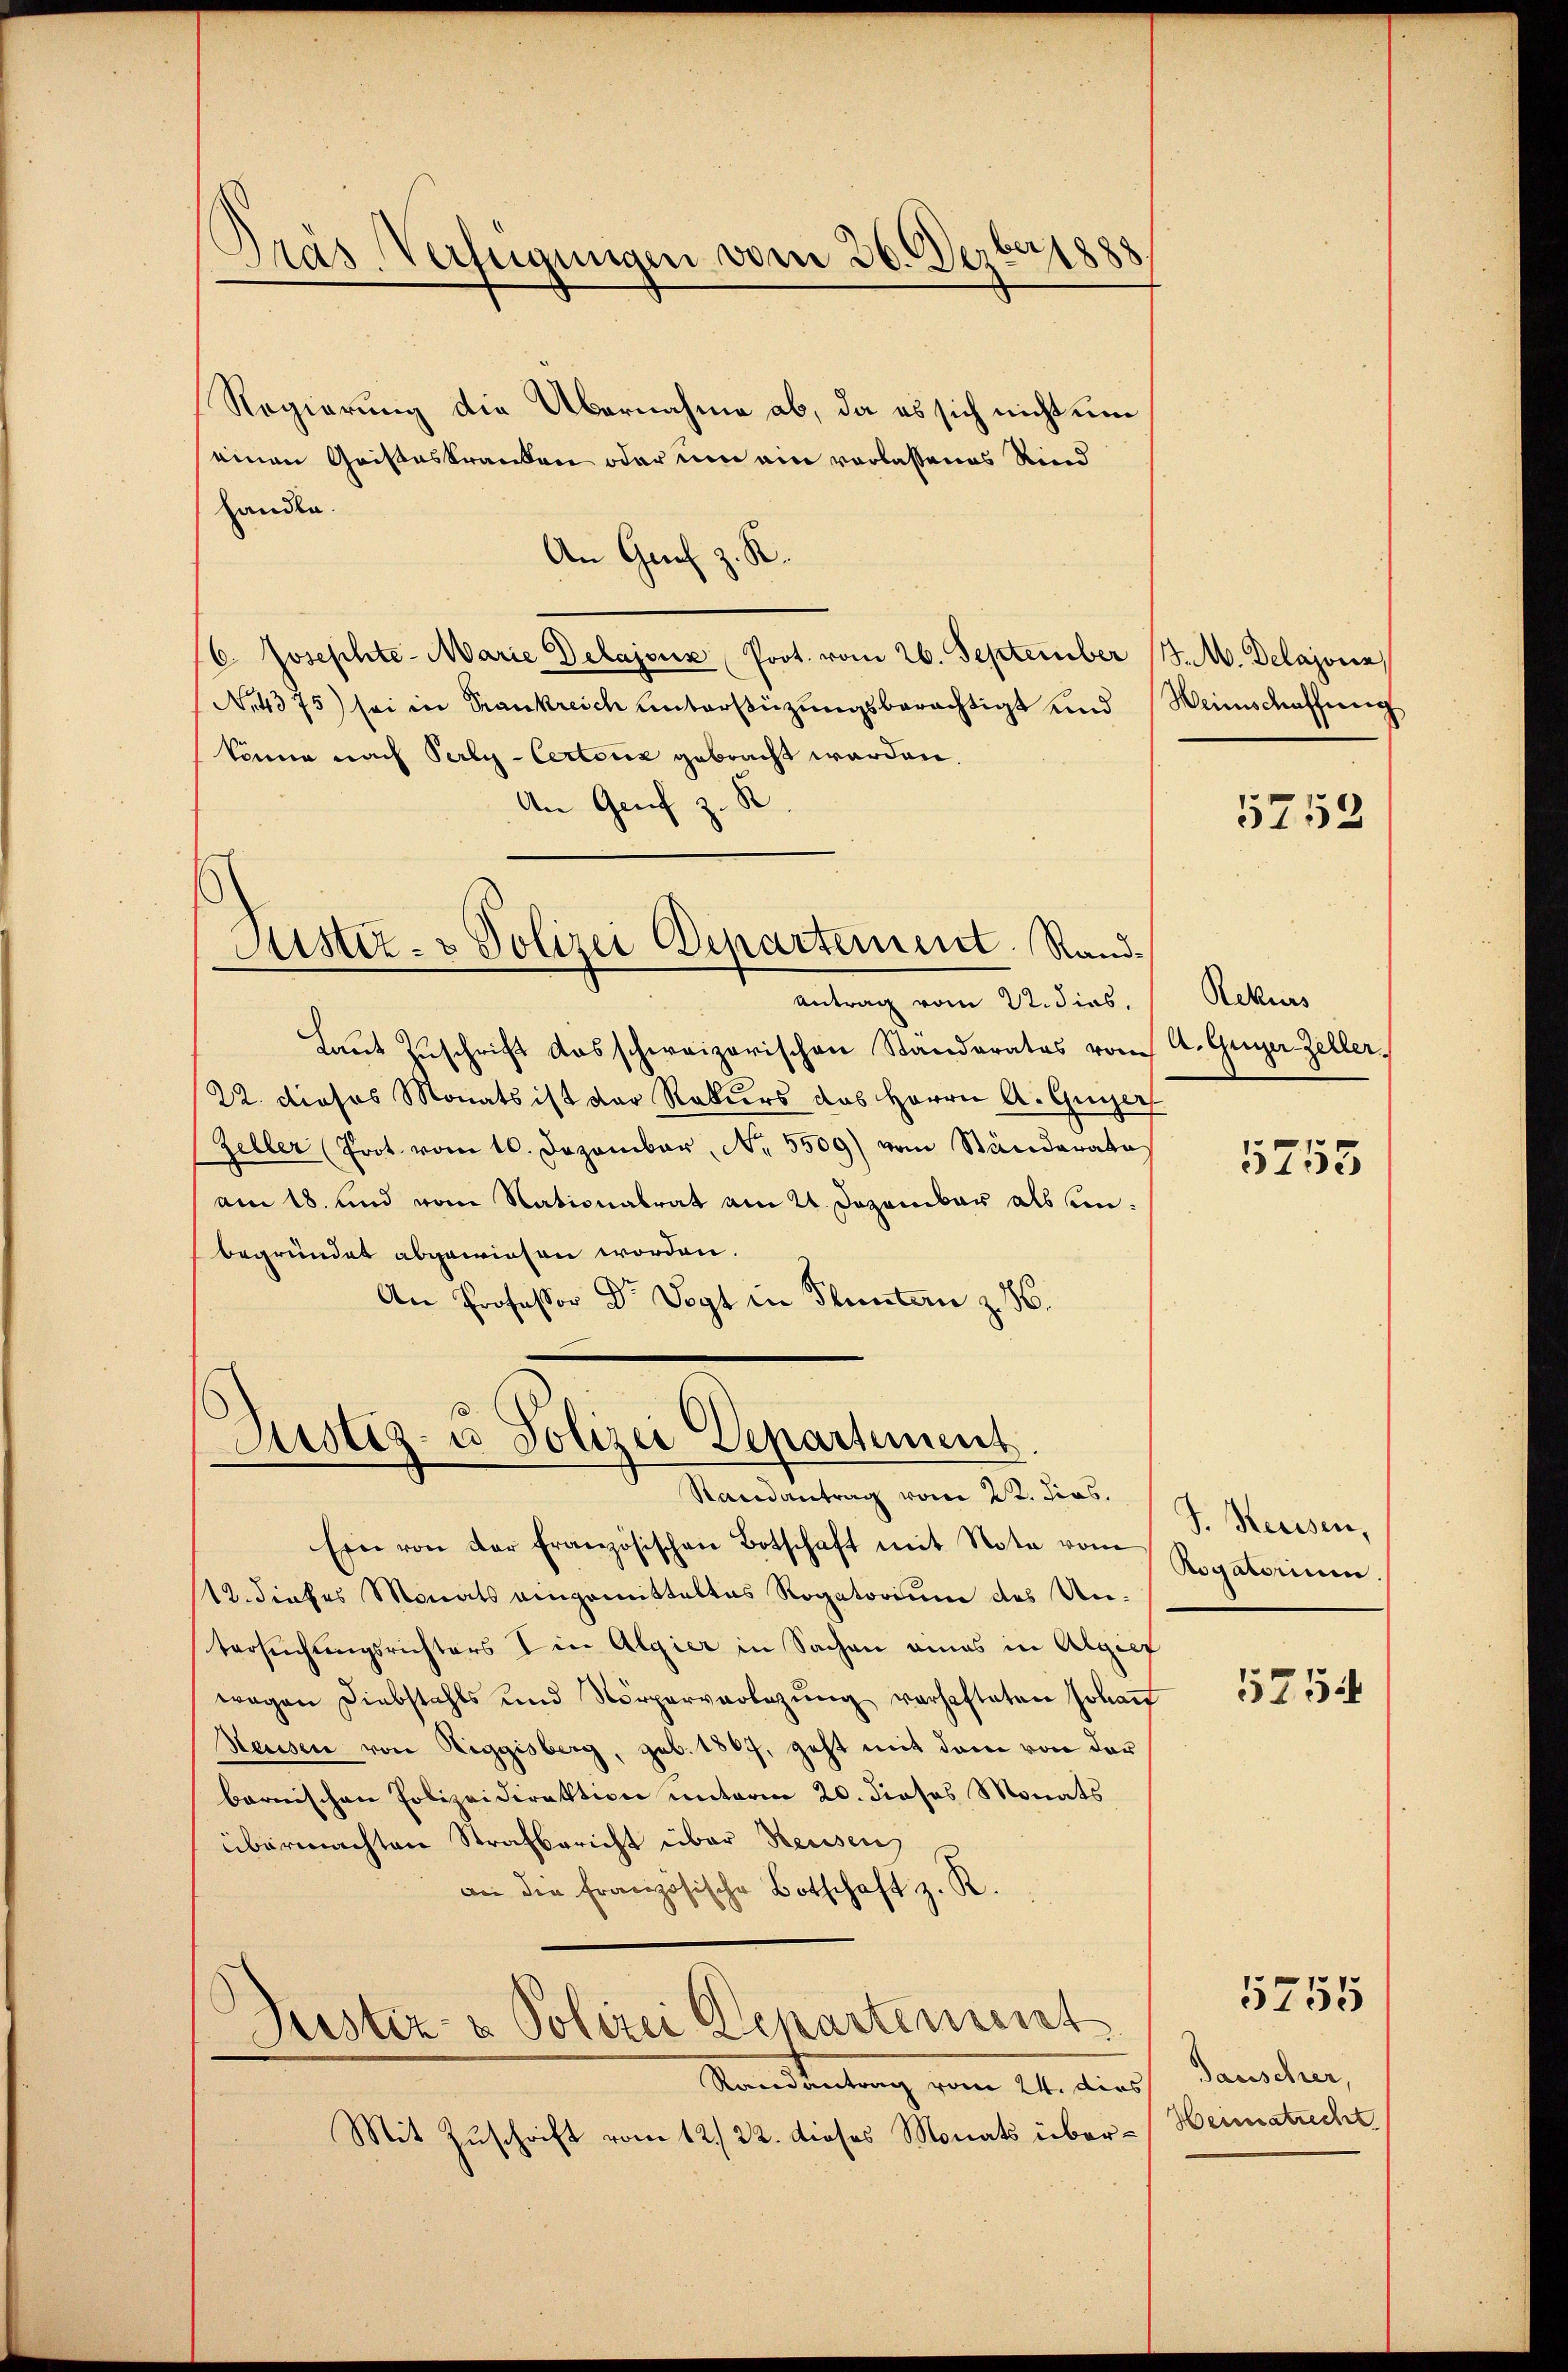
Präs. Verfügungen vom 26. Dezbr 1888

Regierung die Übernahme ab, da es sich nicht um
einen Geisteskranken oder um ein vorlassenes Kind
handle.
.
An Graf
/6. Josephte- Marie Delajone, Prot. vom 26. September 18. M. Delajoin
N.4375) sei in Trankreich unterstüzungsberächtigt und Weinschaffung
könne nach Perly-Certoiz gebracht werden.
An Genf z. K
Justiz- & Polizei Departement. Rand¬
Antrag vom 22. dies,
Laut Zuschrift das schweizerischen Standerates vom A. Guger Zeller,
22. dieses Monats ist der Rekurs das Herrn A. Gugger
Zeller (Prot. vom 10. Dezember, Nr. 5509) vom Ständerata
am 18. und vom Nationalrat am 21. Dezember als einbegründet abgewiesen worden.
An Professor Dr Vogt in Fluntern z. 16.

Justiz- u Polizei Departement
Randantrag vom 22. dies

Ein von der Französischen Botschaft mit Note vom
12. dieses Monats eingemitteltes Rogatorium des Untersuchungsrichters in Algier in Sachen amas in Algief
wegen Diebstahls und Nörperverlegŭng verhafteten Johann
Hausen von Niggisberg, geb. 1867, geht mit dem von der
barnischen Polizeidirektion unterm 20. dieses Monats
übermachten Strafbericht über Reusen,
an die französische Botschaft z. R.
Justiz- & Polizei Departement
Standantung vom 24. durch
Mit Zuschrift vom 12/22. dieses Monats über-Heimatucht

5752

Rekurs

5755

J. Heussen,
Rogatorium.

5754

5755

Tauscher,